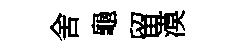
舍龜留漠